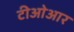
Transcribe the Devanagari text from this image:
टीओआर